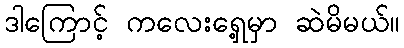
ဒါကြောင့် ကလေးရှေ့မှာ ဆဲမိမယ်။